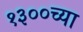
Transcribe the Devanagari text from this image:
१३००च्या